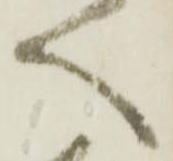
へ